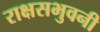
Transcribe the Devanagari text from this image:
राक्षसभुवनी